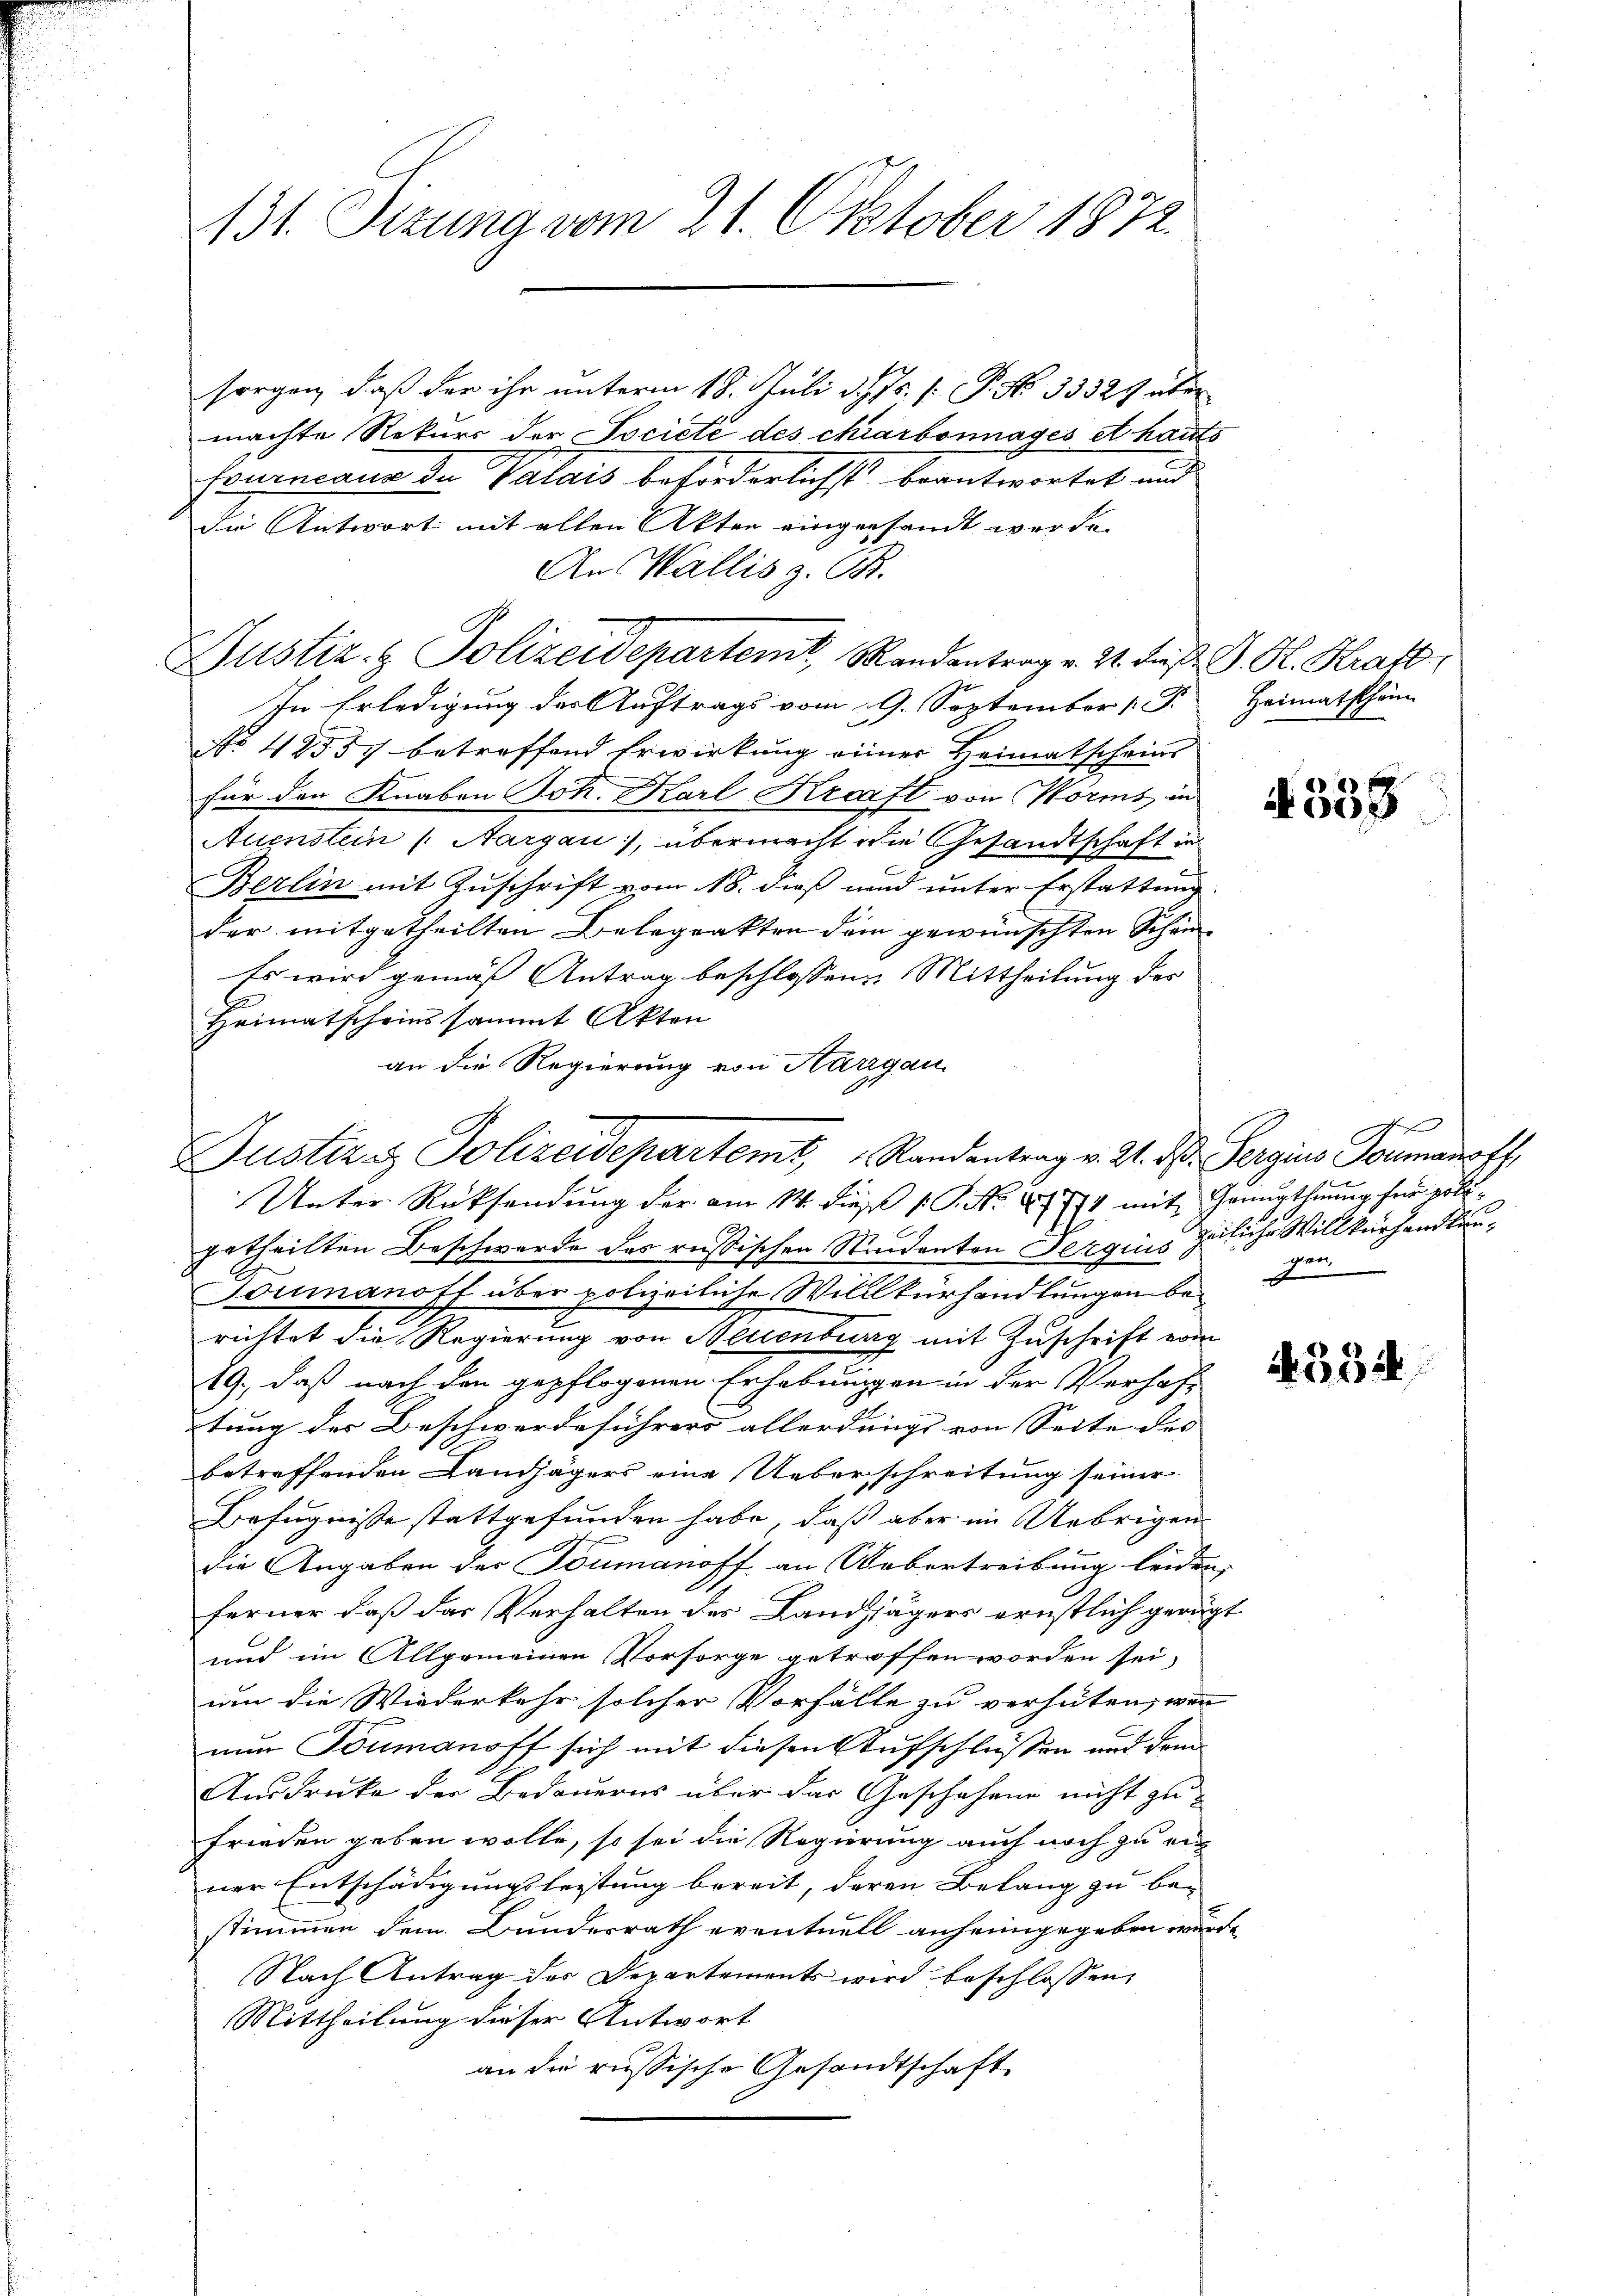
131. Setzung vom 21. Oktober 1872.

sorgen, daß der ihr unterm 18. Juli d. Js. f. P. No 33321 aber
machte Rekurs der Societé des chiarbonnages et hauts
Foueniana du Valais beförderlichst beantwortet und
die Antwort mit allen Akten eingesandt werde.
An Wallis z. B.
In Erledigung der Auftrags vom 19. September 1. F. Heimatschäm
No 42557 betreffend Erwirkung einer Heimatscheins
für den Knaben Joh. Karl Kraft von Worms, in
Auenstein (Nargau), übermacht die Gesandtschaft in
Berlin mit Zuschrift vom 18. dieß und unter Erstattung.
der mitgetheilten Belegrakten dem gewünschten Schön¬
Es wird gemäß Antrag beschlossene Mittheilung des
Heimatscheins sammt Akten
an die Regierung von Aargau
getheilten Beschwerde des russischen Neidenten Sergis geliche Willkürhandlun¬
Toumanoff über polizeiliche Willkürhandlungen berichtet die Regierung von Neuenburg mit Zuschrift vom
19., daß nach den gepflogenen Erhebungen in der Verhaftung der Beschwerdeführers allerdungs von Seite des |
betreffenden Landjägers eine Ueberschreitung seiner
Befugnisse stattgefunden habe, daß aber im Uebrigen
t
die Angaben der Toumanoff an Uebertreibung leiden,
ferner daß das Verhalten des Landjägers ernstlich gerügt
und im Allgemeinen Vorsorge getroffen worden sei,
um die Wiederkehr solcher Vorfälle zu verhüten, wenn
nun Toumanoff sich mit diesen Aufschlüßen und dem
Ausdrucke der Bedauerns über das Geschehene nicht zu-
Frieden geben wolle, so sei die Regierung auch noch zu erner Entschädigungsleistung bereit, deren Belang zu bestimmen dem Bundesrath eventuell anheimgegeben wurde
Nach Antrag der Departements wird beschlossen,
Mittheilung dieser Antwort
an die russische Gesandtschaft

Justiz- & Polizeidepartent, Randantrag v. 2. Fuß. G. P. Kratt

Justiz & Polizeidepartemt, Randantrag v. 2. d. Sergins Formansh
Unter Rücksendung der am 14. dieß (S. Nr. 81774 mit Genugthuung für poli¬

4338

f
gen.
xx

4552